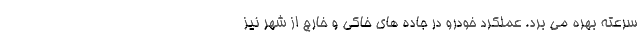
سرعته بهره می برد. عملکرد خودرو در جاده های خاکی و خارج از شهر نیز